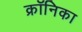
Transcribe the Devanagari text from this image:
क्रॉनिका